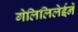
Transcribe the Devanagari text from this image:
गेलिलिलेईने